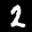
Label: 2